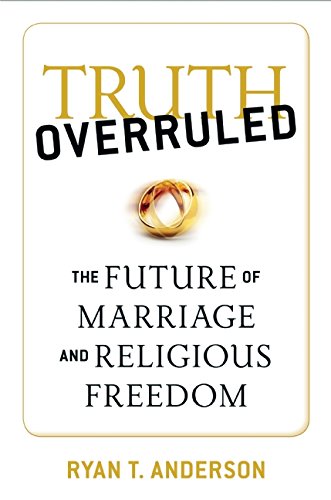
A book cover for Truth Overruled: The Future of Marriage and Religious Freedom; Ryan T. Anderson; Parenting & Relationships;